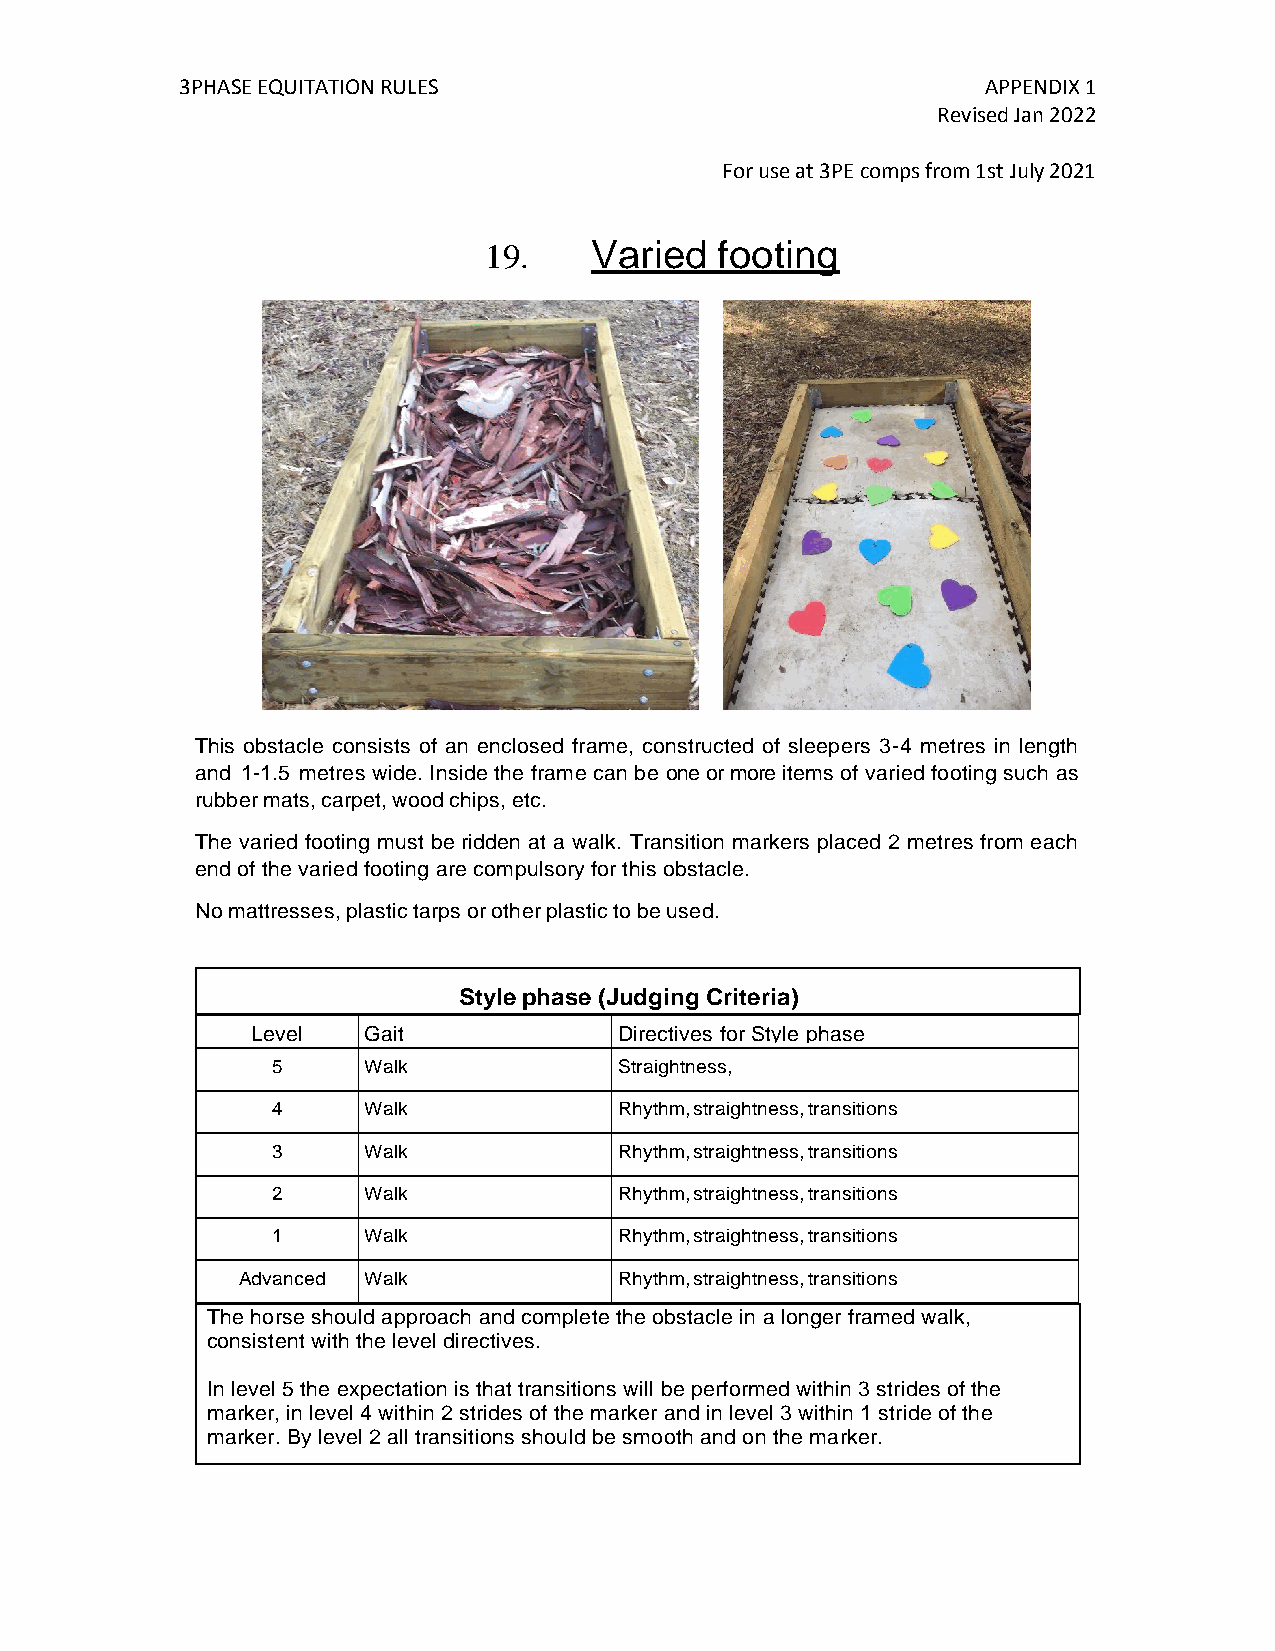
3PHASE EQUITATION RULES                              APPENDIX 1
 Revised Jan 2022
 For use at 3PE comps from 1st July 2021
 19.    Varied  footing
 This obstacle consists of an enclosed frame, constructed of sleepers 3-4 metres in length
 and 1-1.5 metres wide. Inside the frame can be one or more items of varied footing such as
 rubber mats, carpet, wood chips, etc.
 The varied footing must be ridden at a walk. Transition markers placed 2 metres from each
 end of the varied footing are compulsory for this obstacle.
 No mattresses, plastic tarps or other plastic to be used.
 Style phase (Judging Criteria)
 Level  Gait             Directives for Style phase
 5     Walk             Straightness,
 4     Walk             Rhythm, straightness, transitions
 3     Walk             Rhythm, straightness, transitions
 2     Walk             Rhythm, straightness, transitions
 1     Walk             Rhythm, straightness, transitions
 Advanced Walk            Rhythm, straightness, transitions
 The horse should approach and complete the obstacle in a longer framed walk,
 consistent with the level directives.
 In level 5 the expectation is that transitions will be performed within 3 strides of the
 marker, in level 4 within 2 strides of the marker and in level 3 within 1 stride of the
 marker. By level 2 all transitions should be smooth and on the marker.